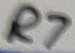
Text: R7